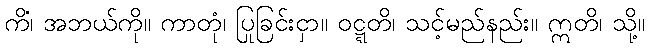
ကိံ၊ အဘယ်ကို။ ကာတုံ၊ ပြုခြင်းငှာ။ ဝဋ္ဋတိ၊ သင့်မည်နည်း။ ဣတိ၊ သို့။